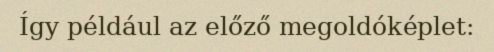
Így például az előző megoldóképlet: